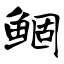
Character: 鲴